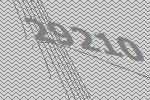
29210